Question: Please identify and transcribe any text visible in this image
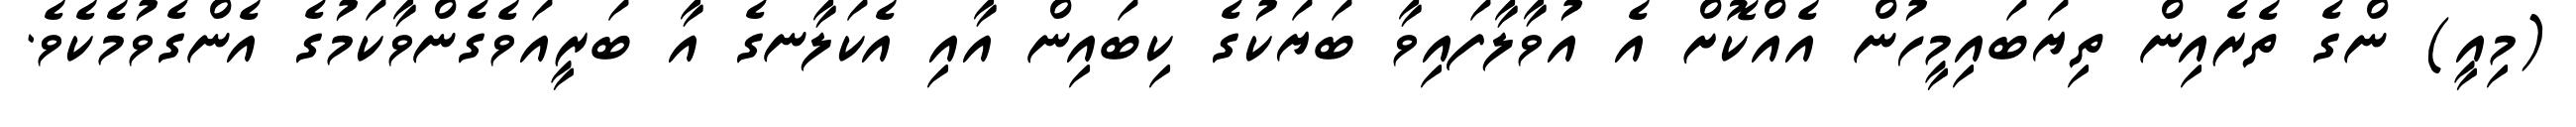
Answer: (މިއީ) ންގެ ތެރެއިން ތިޔަބައިމީހުން އެއްކޮށް އެ އުވާލާފައިވާ ބަޔަކުގެ ކިބައިން އާއި އެކަލާނގެ އާ ބަރީއަވެގެންވާކަމުގެ އެންގެވުމެކެވެ.